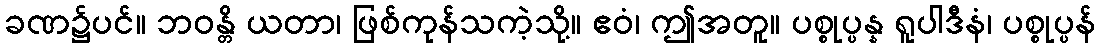
ခဏ၌ပင်။ ဘဝန္တိ ယတာ၊ ဖြစ်ကုန်သကဲ့သို့။ ဧဝံ၊ ဤအတူ။ ပစ္စုပ္ပန္န ရူပါဒီနံ၊ ပစ္စုပ္ပန်